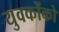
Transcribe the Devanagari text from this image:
युवकोंको